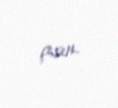
çıxın.